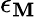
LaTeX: \epsilon_{\mathbf{M}}